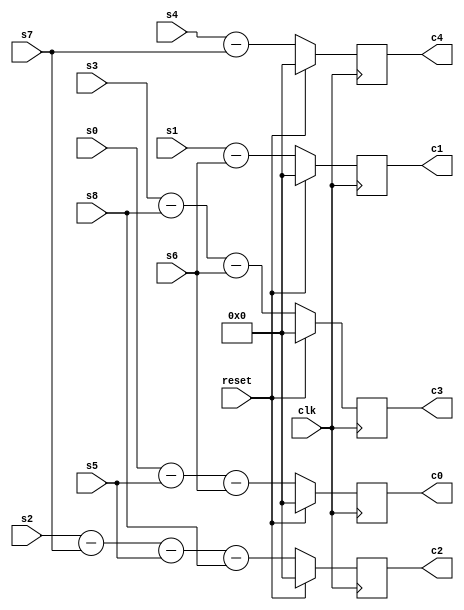
module div_stage2(clk,reset,
		  s0,s1,s2,s3,s4,s5,s6,s7,s8,
		  c0,c1,c2,c3,c4);

input clk;
input reset;

input [7:0] s0;
input [7:0] s1;
input [7:0] s2;
input [7:0] s3;
input [7:0] s4;
input [7:0] s5;
input [7:0] s6;
input [7:0] s7;
input [7:0] s8;

output [7:0] c0;
output [7:0] c1;
output [7:0] c2;
output [7:0] c3;
output [7:0] c4;

wire clk;
wire reset;

wire [7:0] s0;
wire [7:0] s1;
wire [7:0] s2;
wire [7:0] s3;
wire [7:0] s4;
wire [7:0] s5;
wire [7:0] s6;
wire [7:0] s7;
wire [7:0] s8;

reg [7:0] c0;
reg [7:0] c1;
reg [7:0] c2;
reg [7:0] c3;
reg [7:0] c4;

always@(posedge clk)
	begin
		if(reset == 1)
			begin
			   c0 = 8'd0;
			   c1 = 8'd0;
			   c2 = 8'd0;
			   c3 = 8'd0;
			   c4 = 8'd0;
			end
		else
			begin
		         c0 = s0 - s5 - s6;
			   c1 = s1 - s6;
			   c2 = s2 - s7 - s5 - s8;
			   c3 = s3 - s8 - s6;
			   c4 = s4 - s7;
			end
	end
		 

endmodule